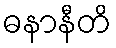
ဓနာနီတိ